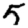
Digit: 5